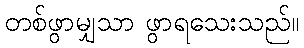
တစ်ဖွာမျှသာ ဖွာရသေးသည်။